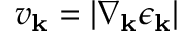
v _ { \mathbf { k } } = | \nabla _ { \mathbf { k } } \epsilon _ { \mathbf { k } } |